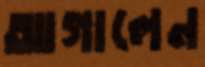
আগালেন